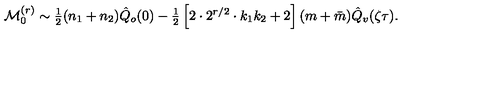
{ \cal M } _ { 0 } ^ { ( r ) } \sim { \textstyle { \frac { 1 } { 2 } } } ( n _ { 1 } + n _ { 2 } ) \hat { Q } _ { o } ( 0 ) - { \textstyle { \frac { 1 } { 2 } } } \left[ 2 \cdot 2 ^ { r / 2 } \cdot k _ { 1 } k _ { 2 } + 2 \right] ( m + \bar { m } ) \hat { Q } _ { v } ( \zeta \tau ) .